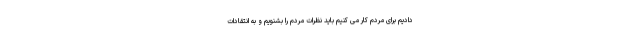
دادیم برای مردم کار می کنیم باید نظرات مردم را بشنویم و به انتقادات